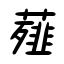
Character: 薤